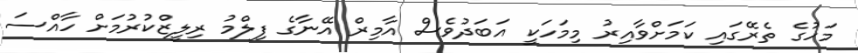
މަހުގެ ތެރޭގައި ކަމަށްވާއިރު މިމަހަކީ އަބަދުވެސް އާމިރް އޭނާގެ ފިލްމު ރިލީޒްކުރުމަށް ހާއްސަ